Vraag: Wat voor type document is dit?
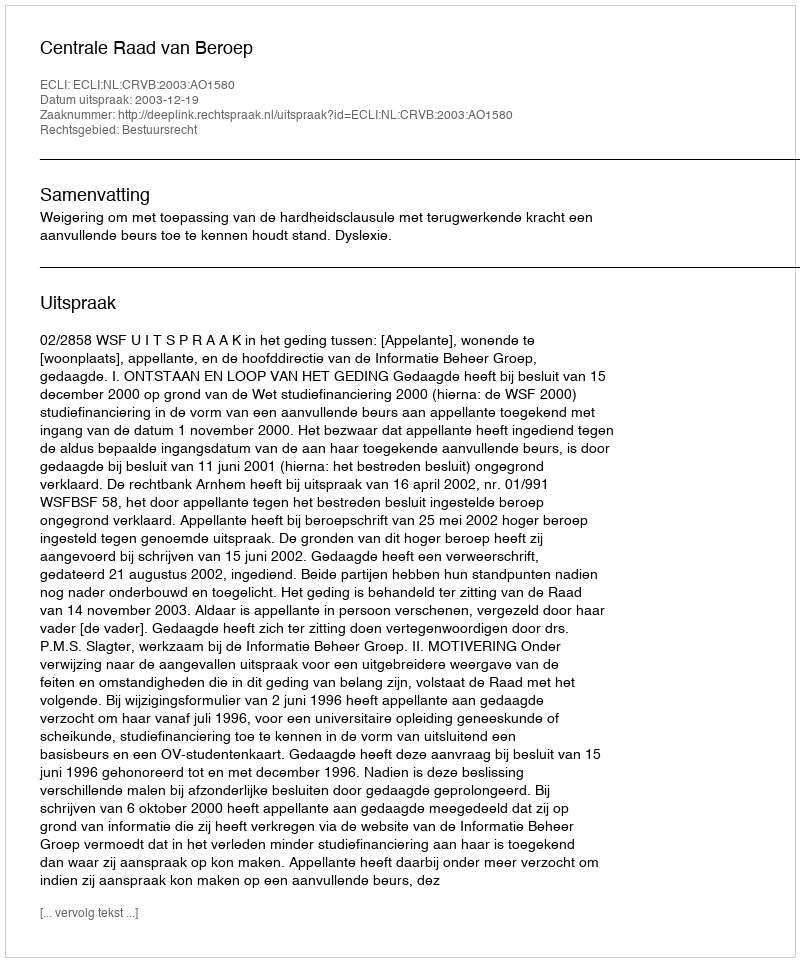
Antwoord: Uitspraak